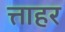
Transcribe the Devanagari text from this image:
त्ताहर